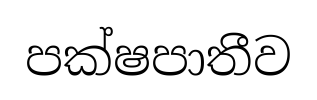
පක්ෂපාතීව